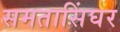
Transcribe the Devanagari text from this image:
समतासिंघर